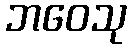
ဘဝေသု